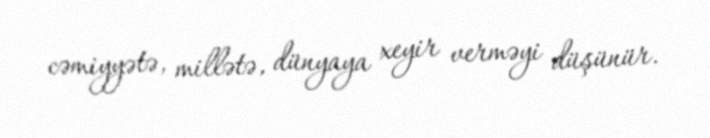
cəmiyyətə, millətə, dünyaya xeyir verməyi düşünür.